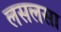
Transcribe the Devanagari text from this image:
लसलसा